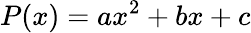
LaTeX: P(x)=ax^{2}+bx+c